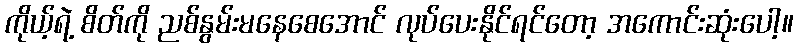
ကိုယ့်ရဲ့ စိတ်ကို ညစ်နွမ်းမနေစေအောင် လုပ်ပေးနိုင်ရင်တော့ အကောင်းဆုံးပေါ့။